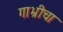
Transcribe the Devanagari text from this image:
गाभ्रीचा